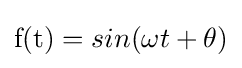
{\mbox{f(t)}}=sin(\omega t+\theta )